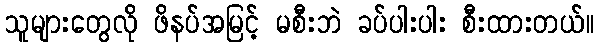
သူများတွေလို ဖိနပ်အမြင့် မစီးဘဲ ခပ်ပါးပါး စီးထားတယ်။